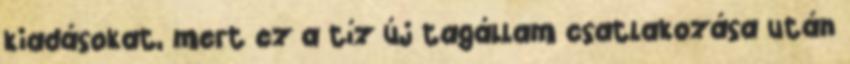
kiadásokat, mert ez a tíz új tagállam csatlakozása után